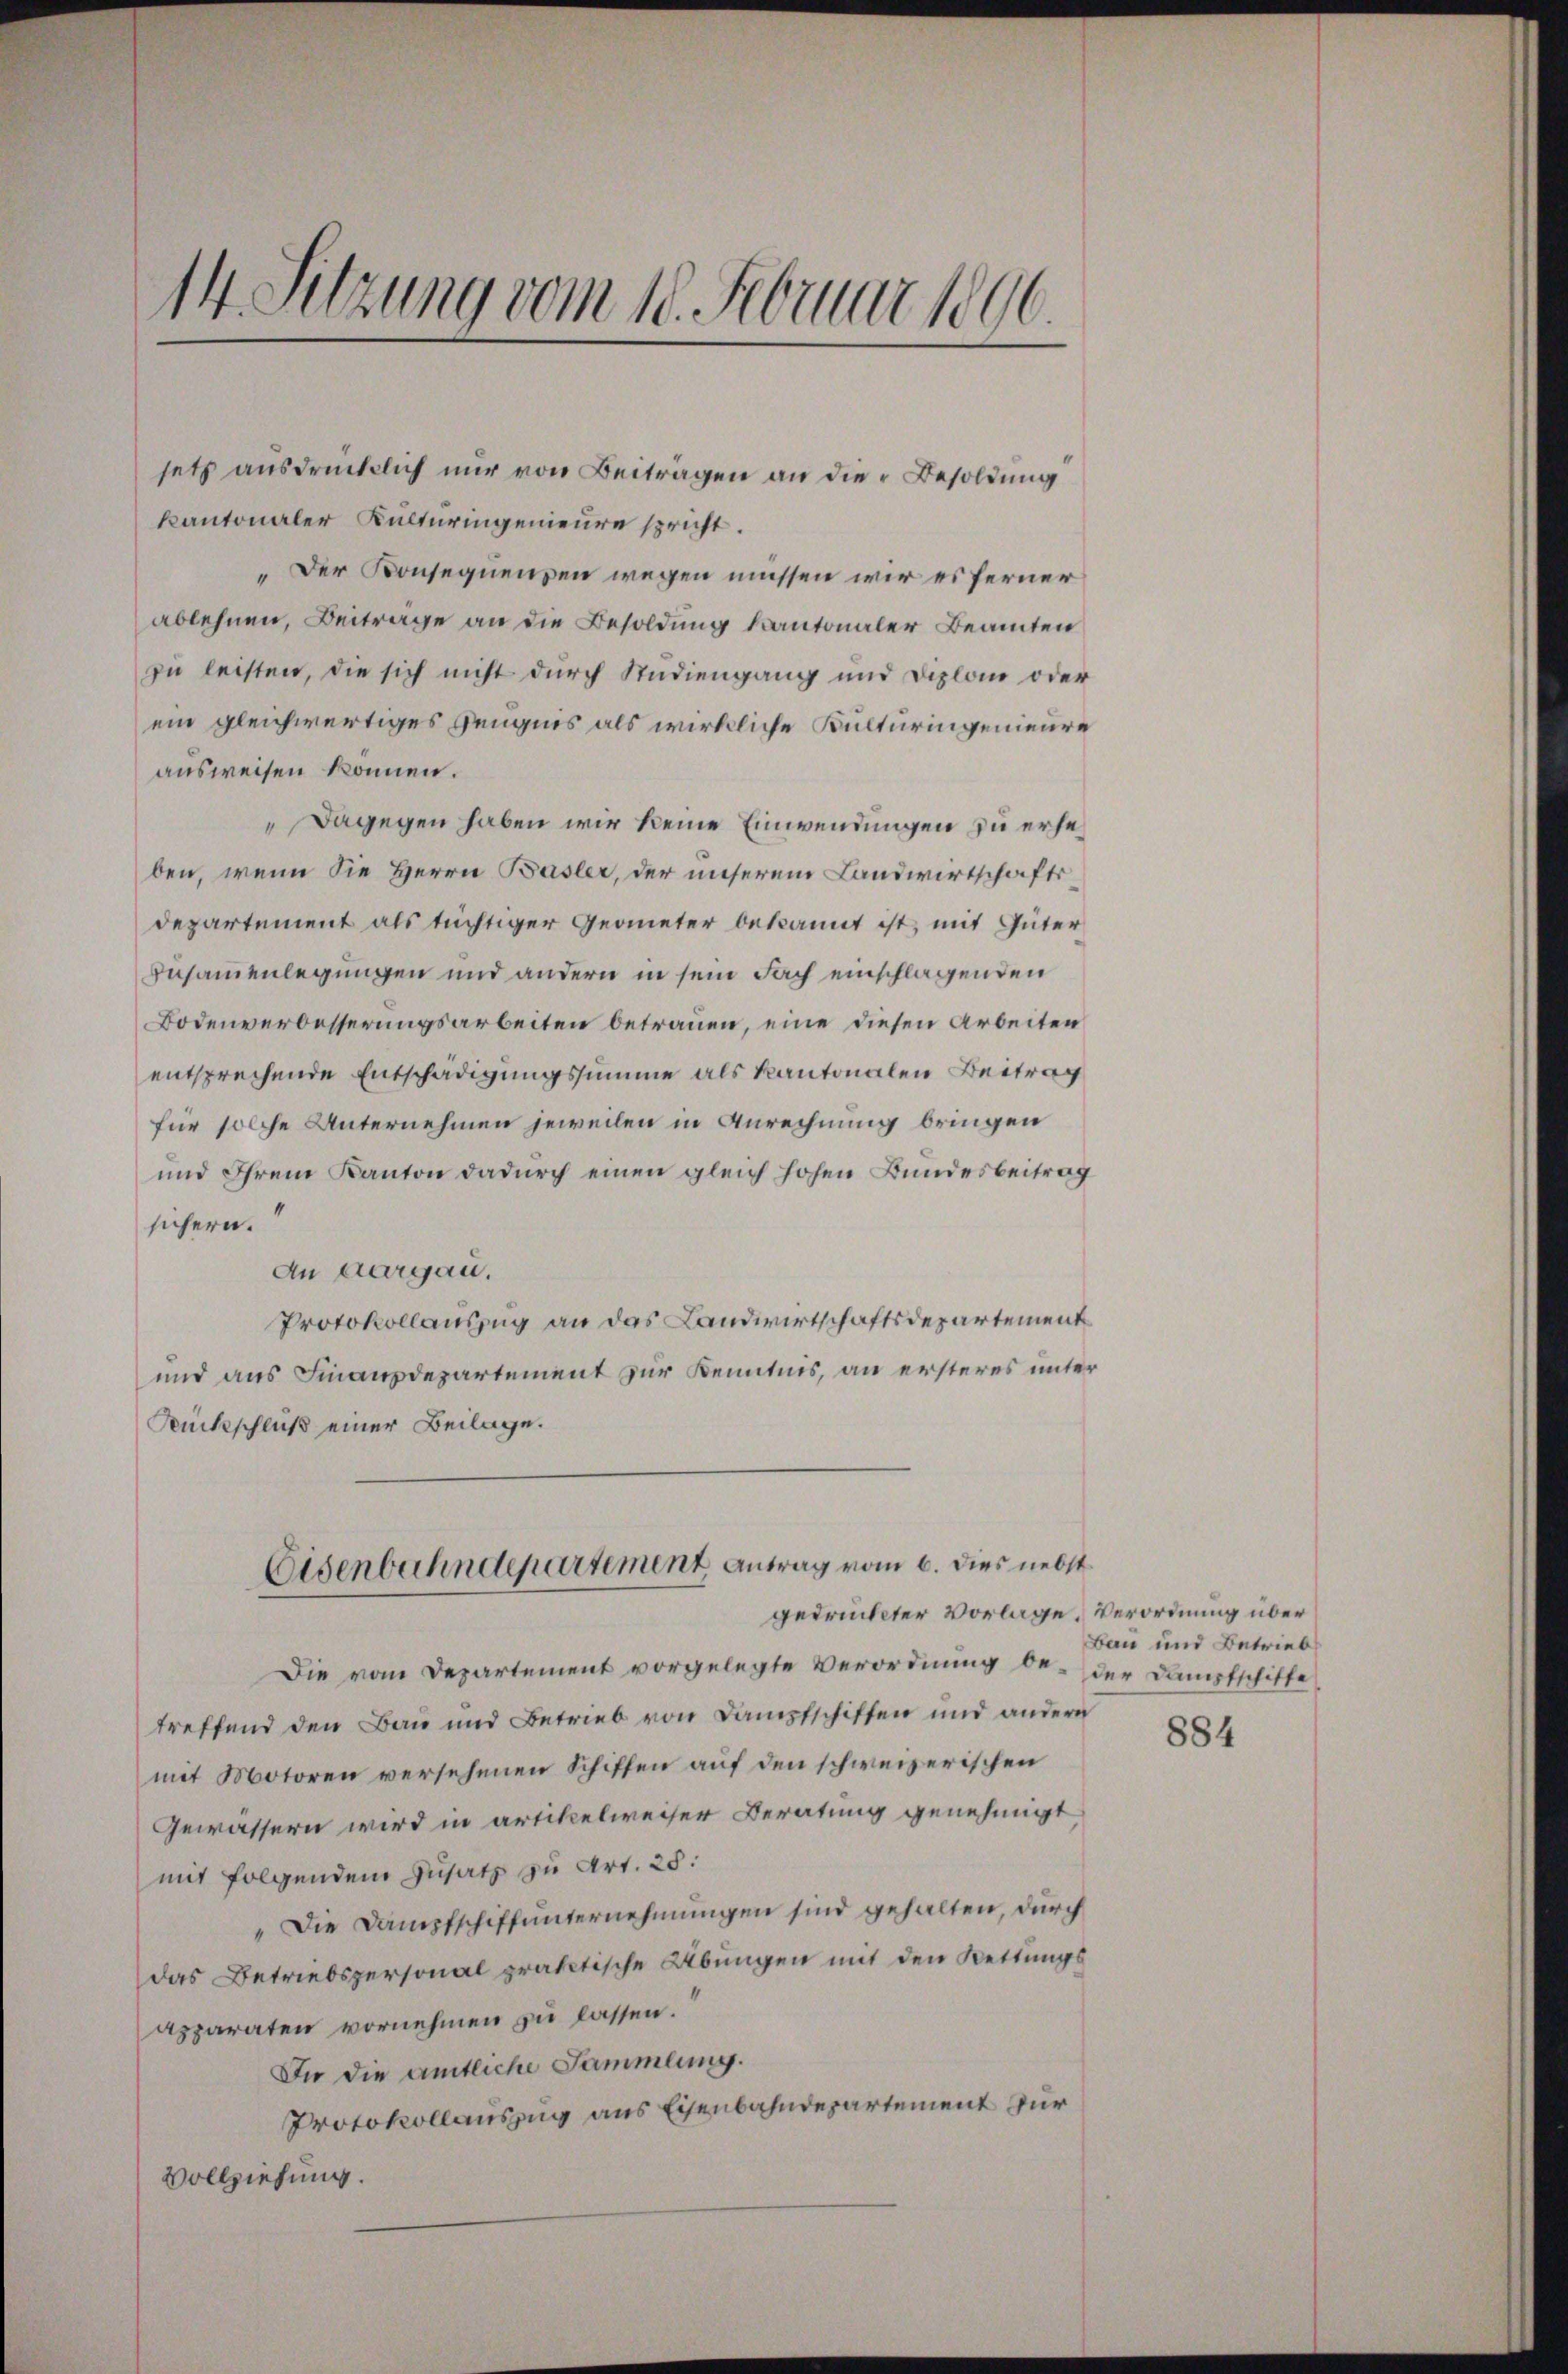
14. Sitzung vom 18. Februar 1890.

setz ausdrücklich nur von Beiträgen an die Besoldung
kantonaler Kulturingenieure spricht.
„Der Konsequenzen wegen müssen wir es ferner
ablehnen, Beitrage an die Besoldung kantonaler Beamten
zu leisten, die sich nicht durch Studiengang und Diplon oder
ein gleichwertiges Zeugnis als wirkliche Kulturingenieure
ausweisen können.
" Dagegen haben wir keine Einwendungen zu erheben, wenn die Herrn Basler, der unserem Landwirtschaftsdepartement als tüchtiger Geometer bekannt ist, mit Güter
Zusammenlegungen und andern in sein Fach einschlagenden
Bodenverbesserungsarbeiten betrauen, eine diesen Arbeiten
entsprechende Entschädigungssumme als Kantonalen Beitrag
für solche Unternehmen jeweilen in Anrechnung bringen
und Ihrem Kanton dadurch einen gleich hohen Bundesbeitrag
sichern.
An Aargau.
Protokollauszug an das Landwirtschaftsdepartement
und aus Finanzdepartement zur Kenntnis, an ersteres unter
Ruckschluß einer Beilage.

Eisenbahndepartement Antrag vom 6. dies nebst
gedrückter Vorlage. Verordnung über

Die vom Departement vorgelegte Verordnung be- der Dampfschifte
treffend den Bau und Betrieb von Dampfschiften und andern
mit Motoren versehenen Schiffen auf den schweizerischen
Gewässern wird in artikelweiser Beratung genehmigt
mit folgendem Zusatz zu Art. 25.
„Die Dampfschiffunternehmungen sind gehalten, durch
das Betriebspersonal praktische Übungen mit den Rettungsapparaten vornehmen zu lassen.
In die amtliche Sammlung.
Protokollauszug aus Eisenbahndepartement zur
Vollziehung.

Bau und Betrieb

884